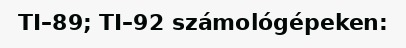
TI–89; TI–92 számológépeken: